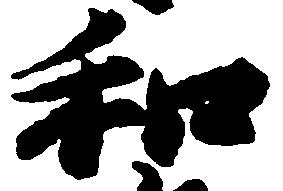
和